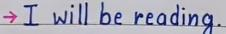
-> I will be reading .